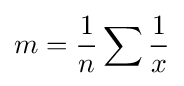
m={\frac {1}{n}}\sum {\frac {1}{x}}